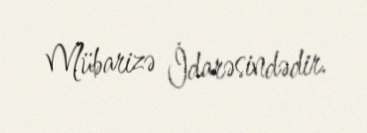
Mübarizə İdarəsindədir.